Document type: Dowry acquittance
Year: 1427
Scribe: Pere Tarafa
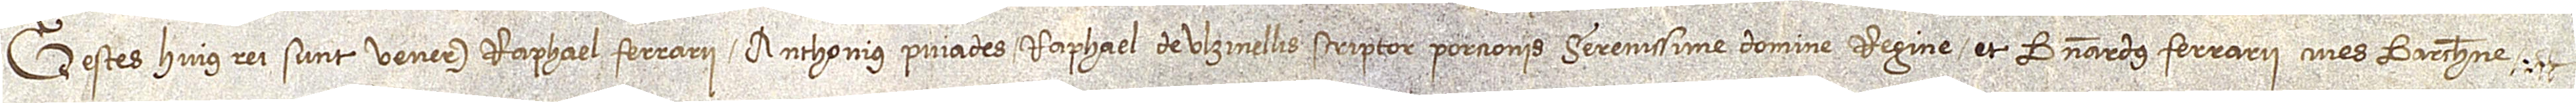
Testes huius rei sunt: venerabilis Raphael Ferrarii, Anthonius Puiades, Raphael de Ulzinellis, scriptor porcionis serenisssime domine regine, et Bernardus Ferrarii, cives Barchinone.